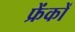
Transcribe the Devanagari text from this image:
फ्रेंकों